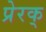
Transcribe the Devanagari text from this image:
प्रेरक्